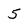
Character: 5